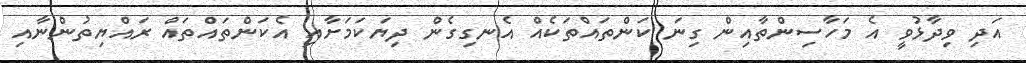
އަދި ވިދާޅުވީ އެ މަހާސިންތާއިން ގިނަ ކަންތައްތަކެއް އެނގިގެން ދިޔަކަމަށާއި އެކަންތައްތައް ރައްޔިތުންނާއި